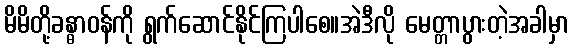
မိမိတို့ခန္ဓာဝန်ကို ရွက်ဆောင်နိုင်ကြပါစေ။အဲဒီလို မေတ္တာပွားတဲ့အခါမှာ